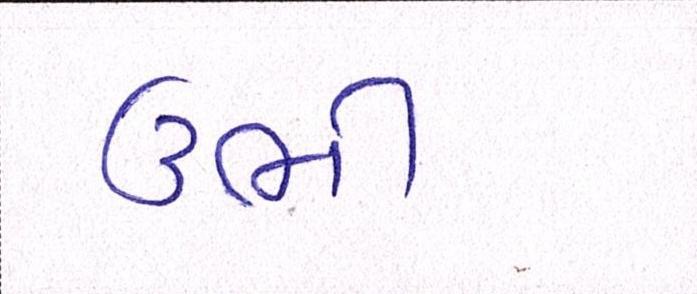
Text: ઉભી